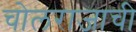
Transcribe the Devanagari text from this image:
चोलराजाची